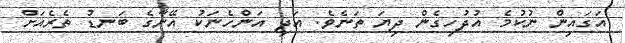
އަގައިން ނުކުމެ އުދުހިގެން ދިޔަ ތަނެވެ. އަދި އަންހެނަކު އޭނާގެ ބަނޑު ތެރެއަށް